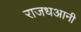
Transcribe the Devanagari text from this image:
राजधआनी